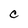
Character: C